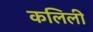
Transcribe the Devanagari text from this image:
कलिली